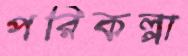
পরিকল্পা